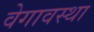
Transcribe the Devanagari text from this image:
वेगावस्था